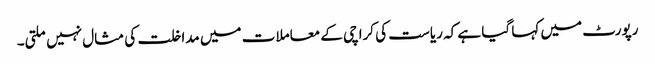
رپورٹ میں کہا گیا ہے کہ ریاست کی کراچی کے معاملات میں مداخلت کی مثال نہیں ملتی۔